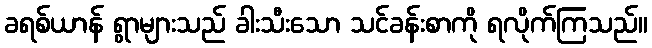
ခရစ်ယာန် ရွာများသည် ခါးသီးသော သင်ခန်းစာကို ရလိုက်ကြသည်။